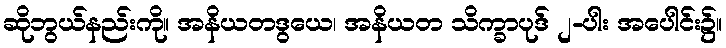
ဆိုဘွယ်နည်းကို။ အနိယတဒွယေ၊ အနိယတ သိက္ခာပုဒ် ၂-ပါး အပေါင်း၌။